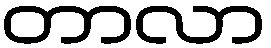
တာလာ